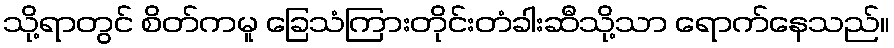
သို့ရာတွင် စိတ်ကမူ ခြေသံကြားတိုင်းတံခါးဆီသို့သာ ရောက်နေသည်။